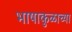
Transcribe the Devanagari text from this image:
भाषाकुळाच्या